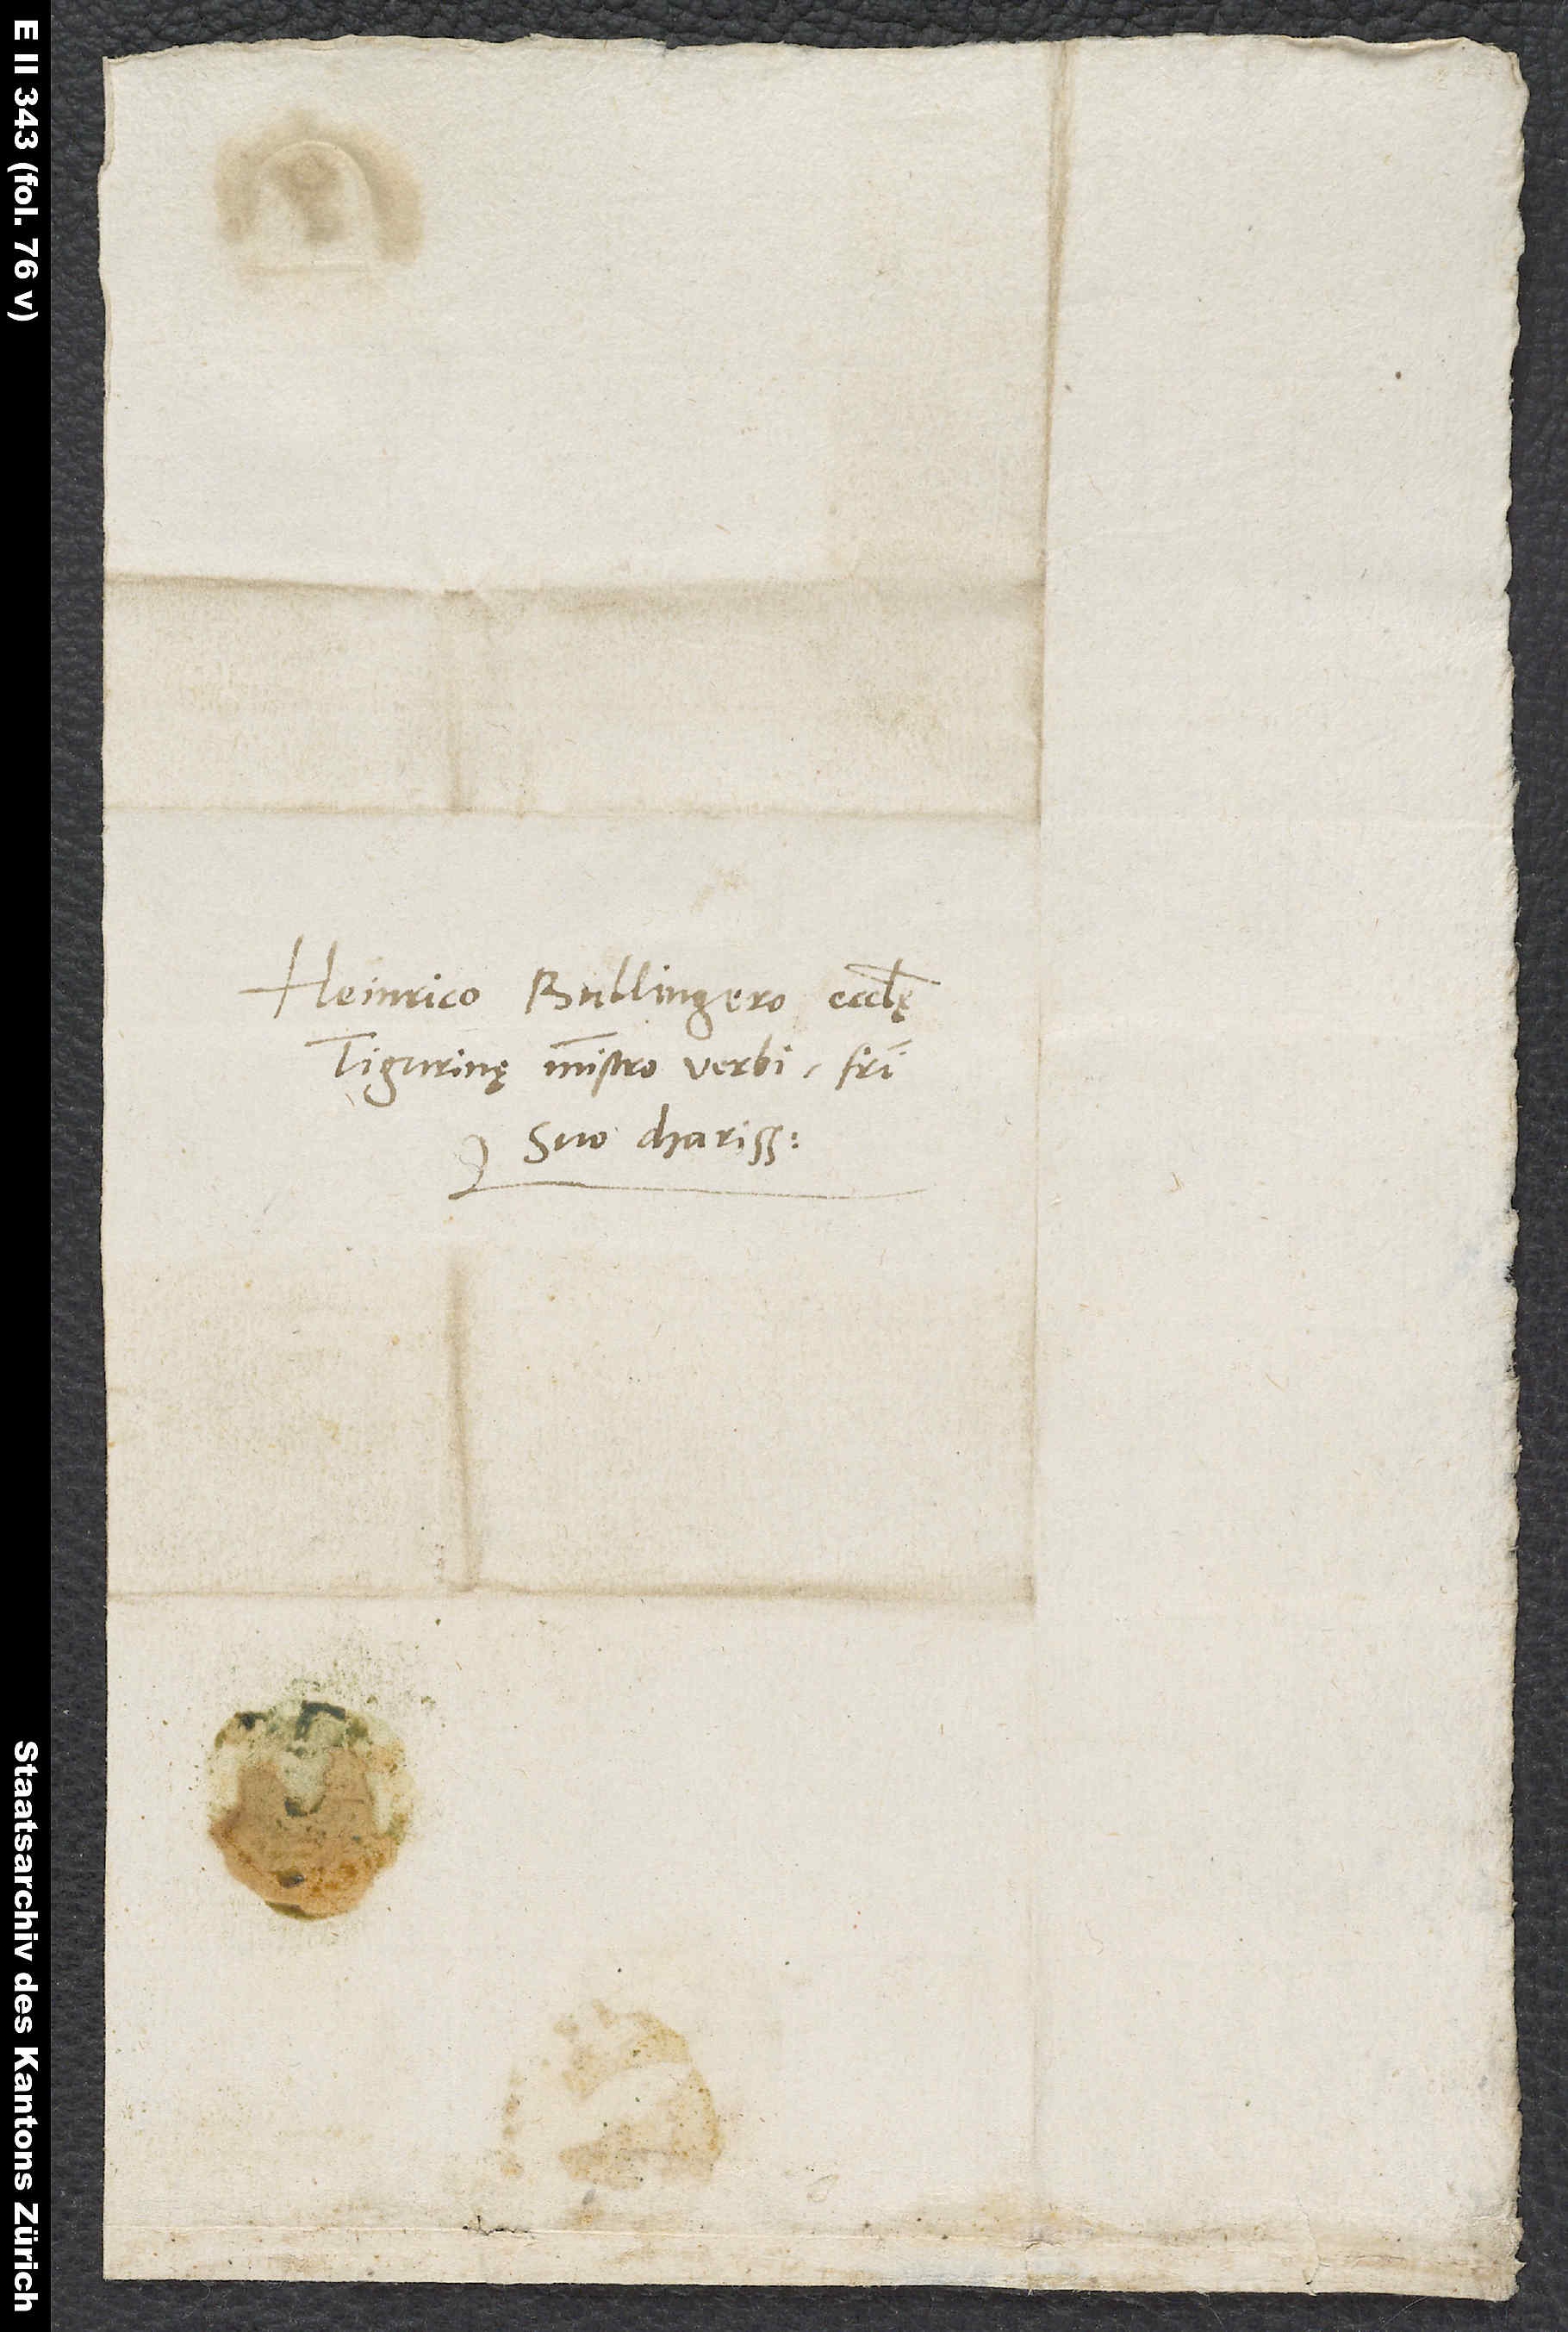
Heinrico Bullingero, ecclesię
Tigurinę ministro verbi, fratri
suo charissimo.